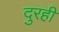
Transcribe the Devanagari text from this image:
दुरही